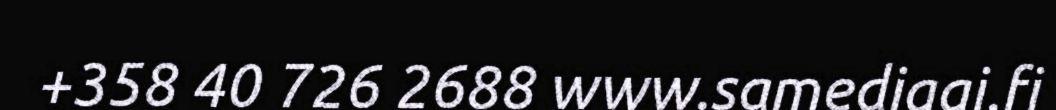
+358 40 726 2688 www.samediggi.fi